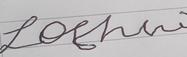
Signature authenticity: forged